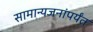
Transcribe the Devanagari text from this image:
सामान्यजनांपर्यंत